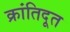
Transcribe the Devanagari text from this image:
क्रांतिदूत